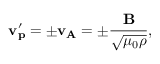
\mathbf { v _ { p } ^ { \prime } } = \pm \mathbf { v _ { A } } = \pm \frac { \mathbf { B } } { \sqrt { \mu _ { 0 } \rho } } ,